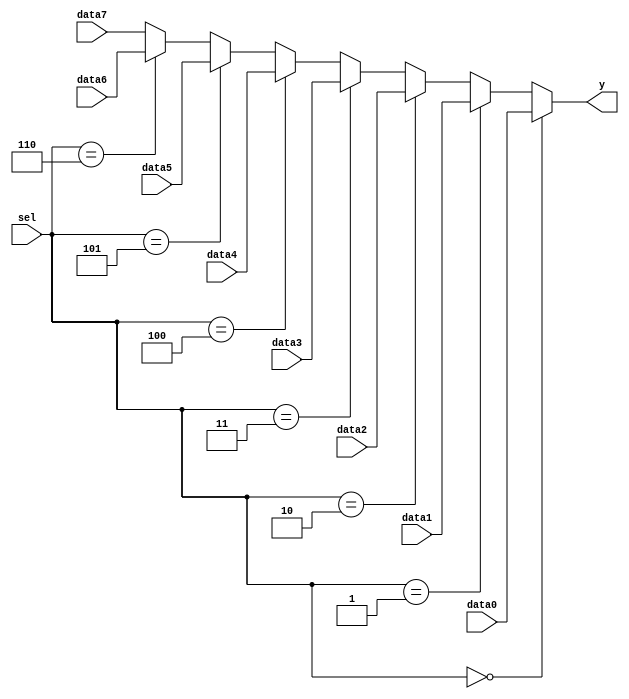
`default_nettype none

module mux_8to1_8bit (
    input wire [7:0] data0,  // 8-bit input
    input wire [7:0] data1,  // 8-bit input
    input wire [7:0] data2,  // 8-bit input
    input wire [7:0] data3,  // 8-bit input
    input wire [7:0] data4,  // 8-bit input
    input wire [7:0] data5,  // 8-bit input
    input wire [7:0] data6,  // 8-bit input
    input wire [7:0] data7,  // 8-bit input
    input wire [2:0] sel,    // 3-bit select lines
    output wire [7:0] y      // 8-bit output
);

assign y = (sel == 3'b000) ? data0 :
         (sel == 3'b001) ? data1 :
         (sel == 3'b010) ? data2 :
         (sel == 3'b011) ? data3 :
         (sel == 3'b100) ? data4 :
         (sel == 3'b101) ? data5 :
         (sel == 3'b110) ? data6 :
         data7;

endmodule